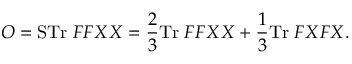
O = \mathrm { S T r } \; F F X X = \frac { 2 } { 3 } \mathrm { T r } \; F F X X + \frac { 1 } { 3 } \mathrm { T r } \; F X F X .